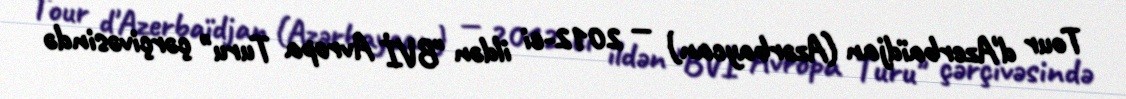
Tour d'Azerbaïdjan (Azərbaycan) — 2012-ci ildən "BVİ Avropa Turu" çərçivəsində